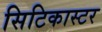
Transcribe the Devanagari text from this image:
सिटिकास्टर